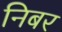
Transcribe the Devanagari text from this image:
निबर